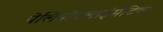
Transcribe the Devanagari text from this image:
पेलियोक्लाईमेटिक